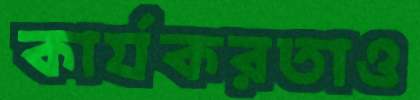
কার্যকরতাও